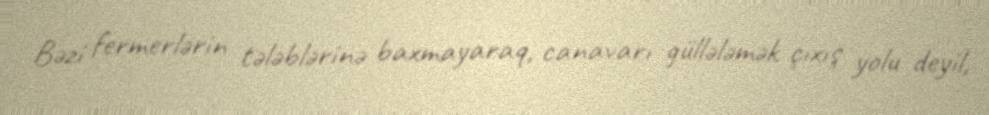
Bəzi fermerlərin tələblərinə baxmayaraq, canavarı güllələmək çıxış yolu deyil,